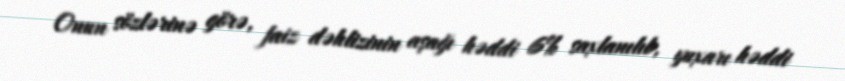
Onun sözlərinə görə, faiz dəhlizinin aşağı həddi 6% saxlanılıb, yuxarı həddi